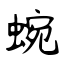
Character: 蜿